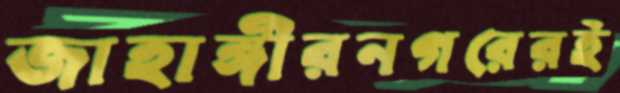
জাহাঙ্গীরনগরেরই